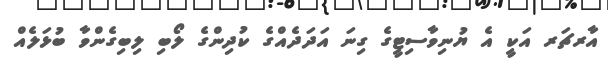
އާރޗަރ އަކީ އެ ޔުނިވާސިޓީގެ ގިނަ އަދަދެއްގެ ކުދިންގެ ލޯބި ލިބިގެންވާ ބުޅަލެއް